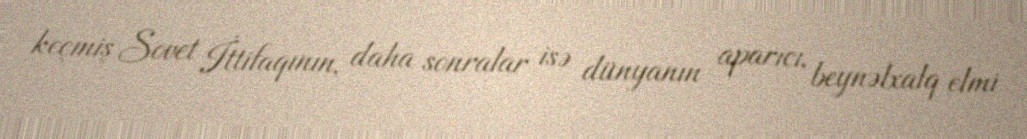
keçmiş Sovet İttifaqının, daha sonralar isə dünyanın aparıcı, beynəlxalq elmi